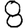
Digit: 8